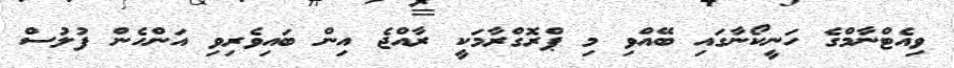
ވިއެޓްނާމްގެ ހަނީކޯނާގައި ބޭއްވި މި ޕްރޮގްރާމަކީ ރާއްޖެ އިން ބައިވެރިވި އަންހެން ފުލުސް